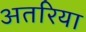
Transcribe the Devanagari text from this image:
अतरिया